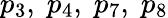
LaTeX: p_{3},\; p_{4},\; p_{7},\; p_{8}